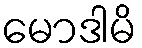
မောဒါမိ